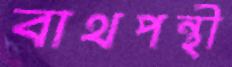
বাথপন্থী